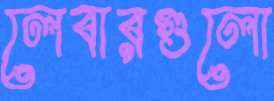
লেবারগুলো